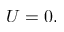
U = 0 ,